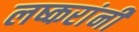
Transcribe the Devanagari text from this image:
लष्करांनी